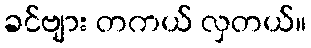
ခင်ဗျား တကယ် လှတယ်။